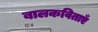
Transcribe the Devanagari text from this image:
बालकविताएँ